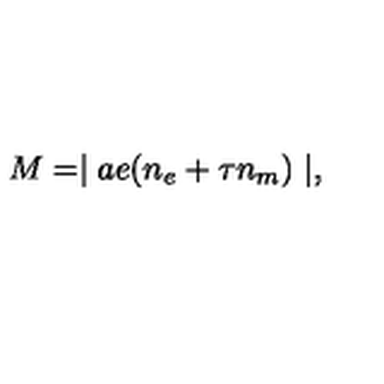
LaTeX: M = \mid a e ( n _ { e } + \tau n _ { m } ) \mid ,